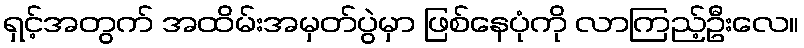
ရှင့်အတွက် အထိမ်းအမှတ်ပွဲမှာ ဖြစ်နေပုံကို လာကြည့်ဦးလေ။